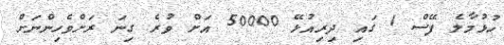
ހުޅުމާލެ ފޭސް 1 ގައި ދިރިއުޅޭ 50000 އަށް ވުރެ ގިނަ ރަށްވެހިންނަށް